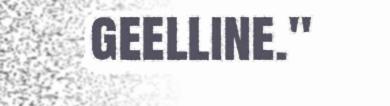
geelline."